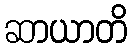
ဆာယာတိ